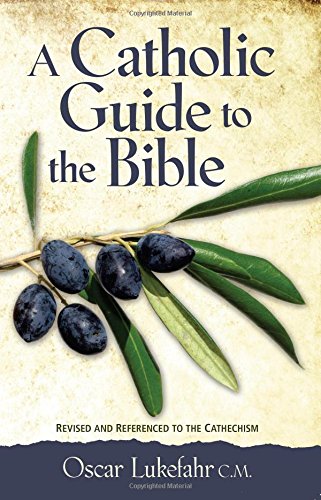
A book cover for A Catholic Guide to the Bible, Revised; Father Oscar Lukefahr CM; Christian Books & Bibles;